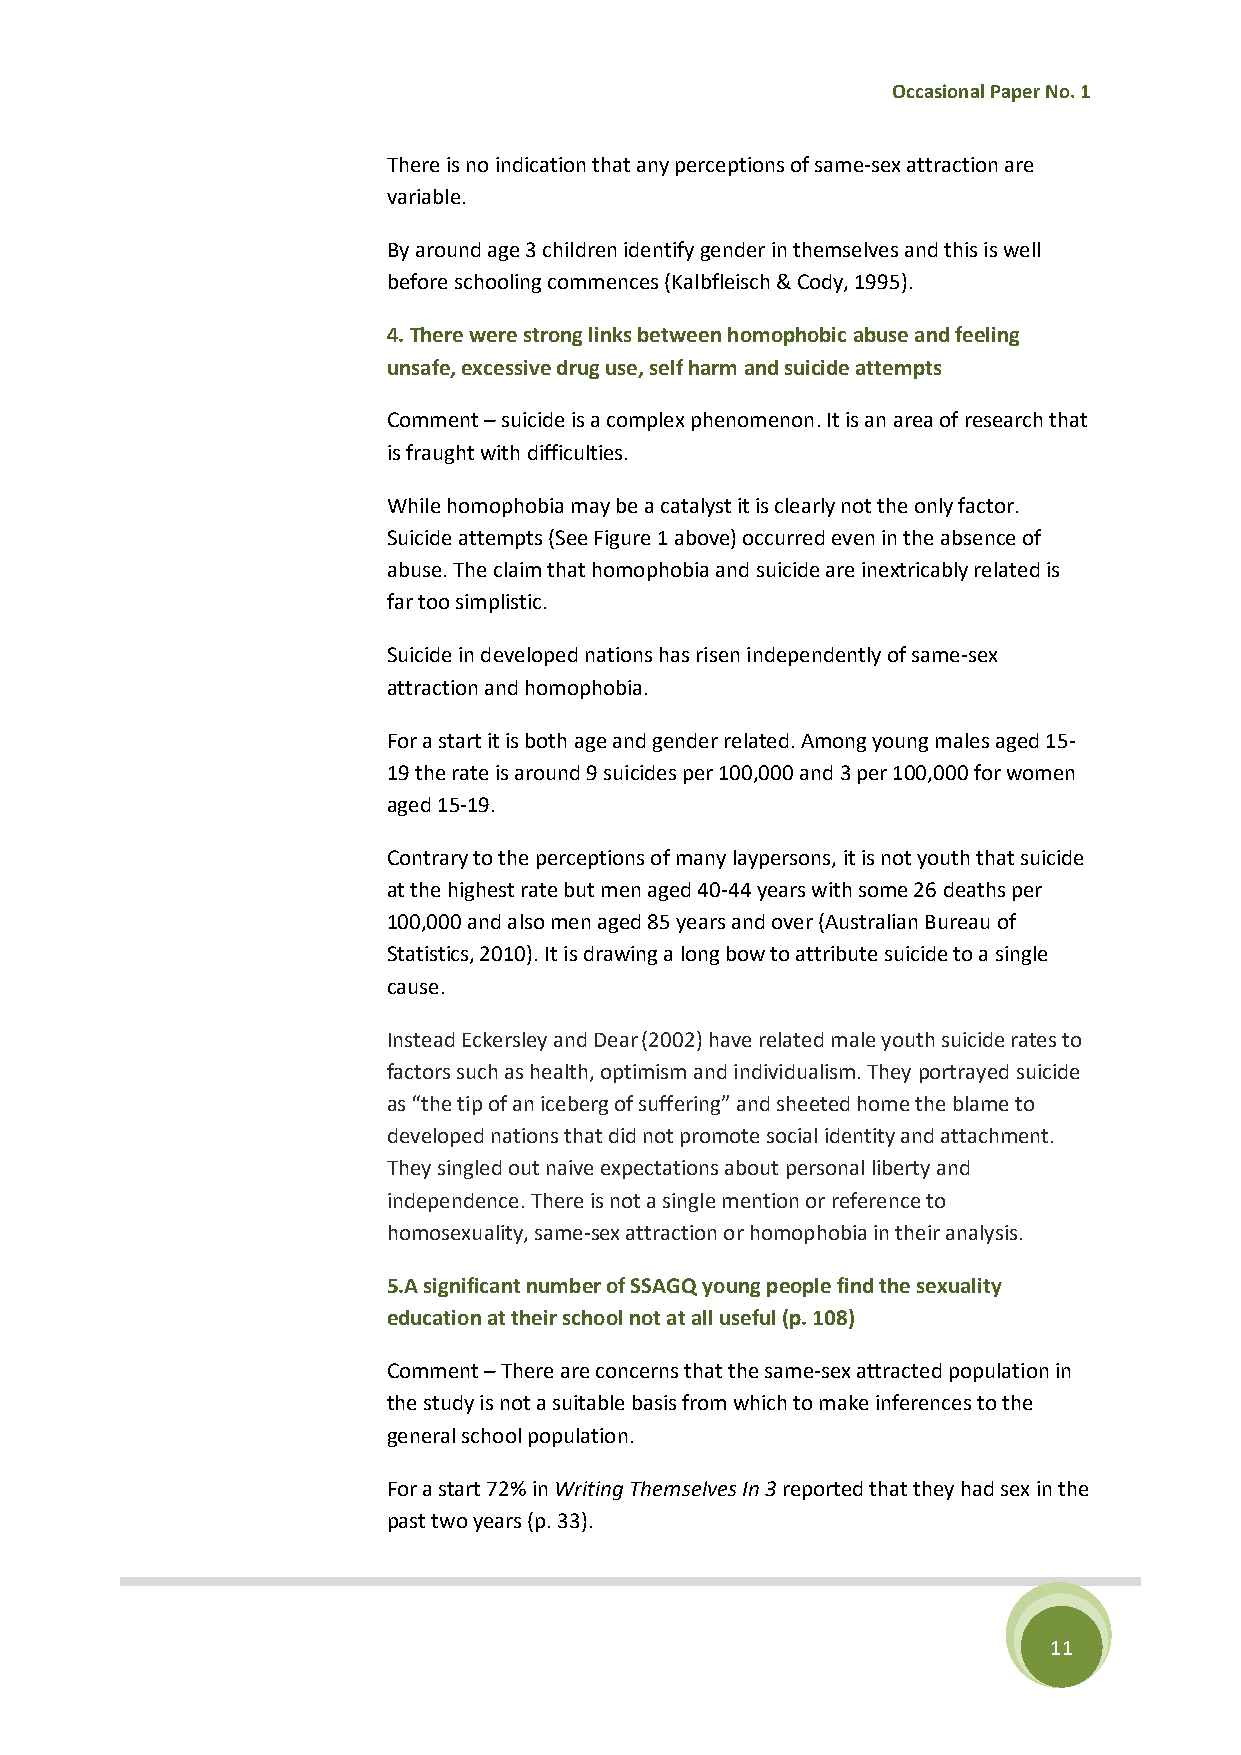
Occasional Paper No. 1
 There is no indication that any perceptions of same-sex attraction are
 variable.
 By around age 3 children identify gender in themselves and this is well
 before schooling commences (Kalbfleisch & Cody, 1995).
 4. There were strong links between homophobic abuse and feeling
 unsafe, excessive drug use, self harm and suicide attempts
 Comment – suicide is a complex phenomenon. It is an area of research that
 is fraught with difficulties.
 While homophobia may be a catalyst it is clearly not the only factor.
 Suicide attempts (See Figure 1 above) occurred even in the absence of
 abuse. The claim that homophobia and suicide are inextricably related is
 far too simplistic.
 Suicide in developed nations has risen independently of same-sex
 attraction and homophobia.
 For a start it is both age and gender related. Among young males aged 15-
 19 the rate is around 9 suicides per 100,000 and 3 per 100,000 for women
 aged 15-19.
 Contrary to the perceptions of many laypersons, it is not youth that suicide
 at the highest rate but men aged 40-44 years with some 26 deaths per
 100,000 and also men aged 85 years and over (Australian Bureau of
 Statistics, 2010). It is drawing a long bow to attribute suicide to a single
 cause.
 Instead Eckersley and Dear (2002) have related male youth suicide rates to
 factors such as health, optimism and individualism. They portrayed suicide
 as “the tip of an iceberg of suffering” and sheeted home the blame to
 developed nations that did not promote social identity and attachment.
 They singled out naive expectations about personal liberty and
 independence. There is not a single mention or reference to
 homosexuality, same-sex attraction or homophobia in their analysis.
 5.A significant number of SSAGQ young people find the sexuality
 education at their school not at all useful (p. 108)
 Comment – There are concerns that the same-sex attracted population in
 the study is not a suitable basis from which to make inferences to the
 general school population.
 For a start 72% in Writing Themselves In 3 reported that they had sex in the
 past two years (p. 33).
 11